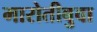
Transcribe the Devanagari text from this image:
मारोतीबुवा